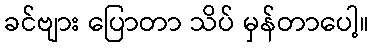
ခင်ဗျား ပြောတာ သိပ် မှန်တာပေါ့။